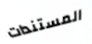
المستندات